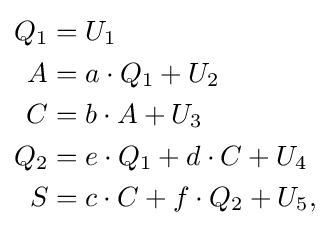
{\begin{aligned}Q_{1}&=U_{1}\\A&=a\cdot Q_{1}+U_{2}\\C&=b\cdot A+U_{3}\\Q_{2}&=e\cdot Q_{1}+d\cdot C+U_{4}\\S&=c\cdot C+f\cdot Q_{2}+U_{5},\end{aligned}}